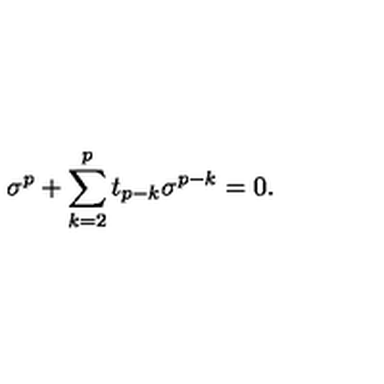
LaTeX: \sigma ^ { p } + \sum _ { k = 2 } ^ { p } t _ { p - k } \sigma ^ { p - k } = 0 .